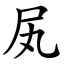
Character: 㞍